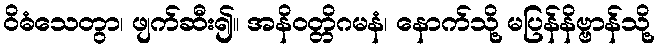
ဝိဓံသေတွာ၊ ဖျက်ဆီး၍။ အနိဝတ္တိဂမနံ၊ နောက်သို့ မပြန်နိဗ္ဗာန်သို့